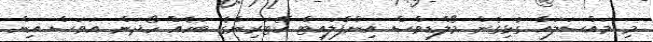
މި މައްސަލައާ ގުޅިގެން މޯލްޑިވްސް އިންފްލައިޓް ކޭޓަރިންގެ ބަހެއް ހޯދަން އަވަސް އިން